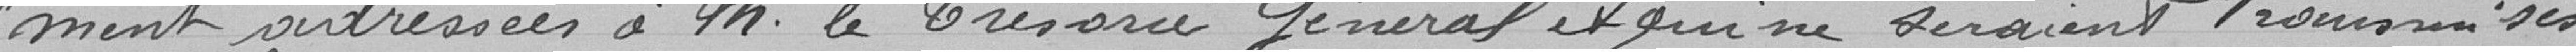
-ment adressées à Monsieur le Trésorier Général et qui me seraient transmises